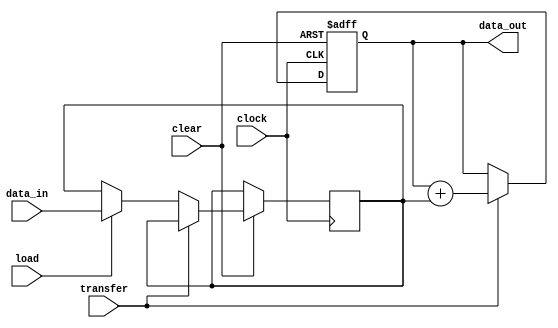
module accumulator(clock, clear, load, transfer, data_in, data_out);
input clock, clear, load, transfer;
input [15:0] data_in;
output reg [15:0] data_out;

reg [15:0] data_in_reg;

always @ (posedge clock or negedge clear)
begin
	if(clear == 1'b0) data_out <= 15'h0000;
	else
	begin
		if(transfer == 1'b1) data_out <= data_out + data_in_reg;
		else if(load == 1'b1) data_in_reg <= data_in;
	end
end

endmodule